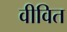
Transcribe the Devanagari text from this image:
वीवित